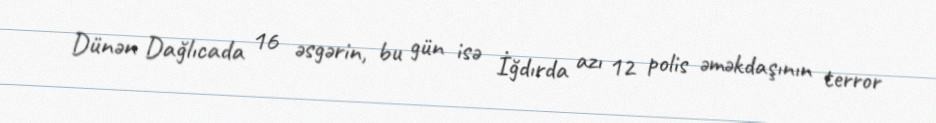
Dünən Dağlıcada 16 əsgərin, bu gün isə İğdırda azı 12 polis əməkdaşının terror